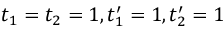
t _ { 1 } = t _ { 2 } = 1 , t _ { 1 } ^ { \prime } = 1 , t _ { 2 } ^ { \prime } = 1